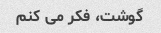
گوشت، فکر می کنم